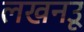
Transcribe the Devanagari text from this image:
लखनउू